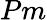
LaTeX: Pm